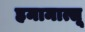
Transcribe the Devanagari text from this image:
हमामात्सू